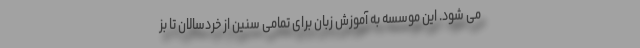
می شود. این موسسه به آموزش زبان برای تمامی سنین از خردسالان تا بز